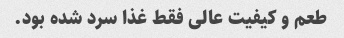
طعم و کیفیت عالی فقط غذا سرد شده بود.